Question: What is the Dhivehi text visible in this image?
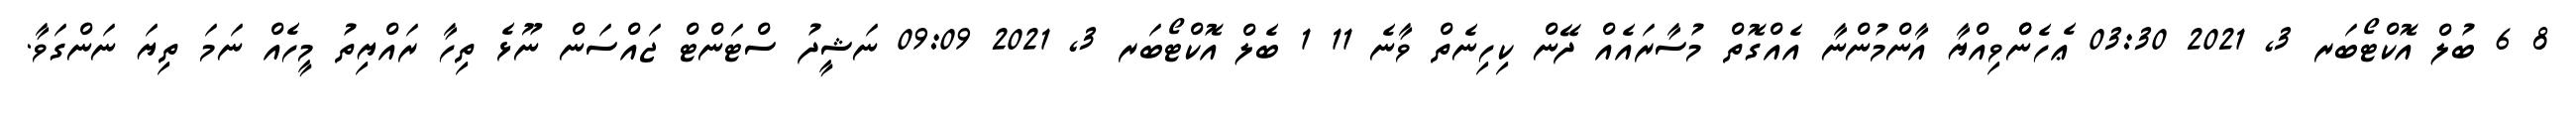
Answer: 8 6 ބުލް އޮކްޓޯބަރ 3, 2021 03:30 ޢެހެންްވިއްޔާ އާންމުންނާ އެއްގޮތް މުސާރައެއް ދޭން ކިހިނެތް ވާނެ 11 1 ބެލް އޮކްޓޯބަރ 3, 2021 09:09 ނަޝީދު ސްޓަންޓް ޖައްސަން ނޫޅެ ތިހާ ރައްޔިތު މީހެއް ނަމަ ތިޔަ ނަންގަވާ.